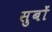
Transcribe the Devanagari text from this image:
सुबों